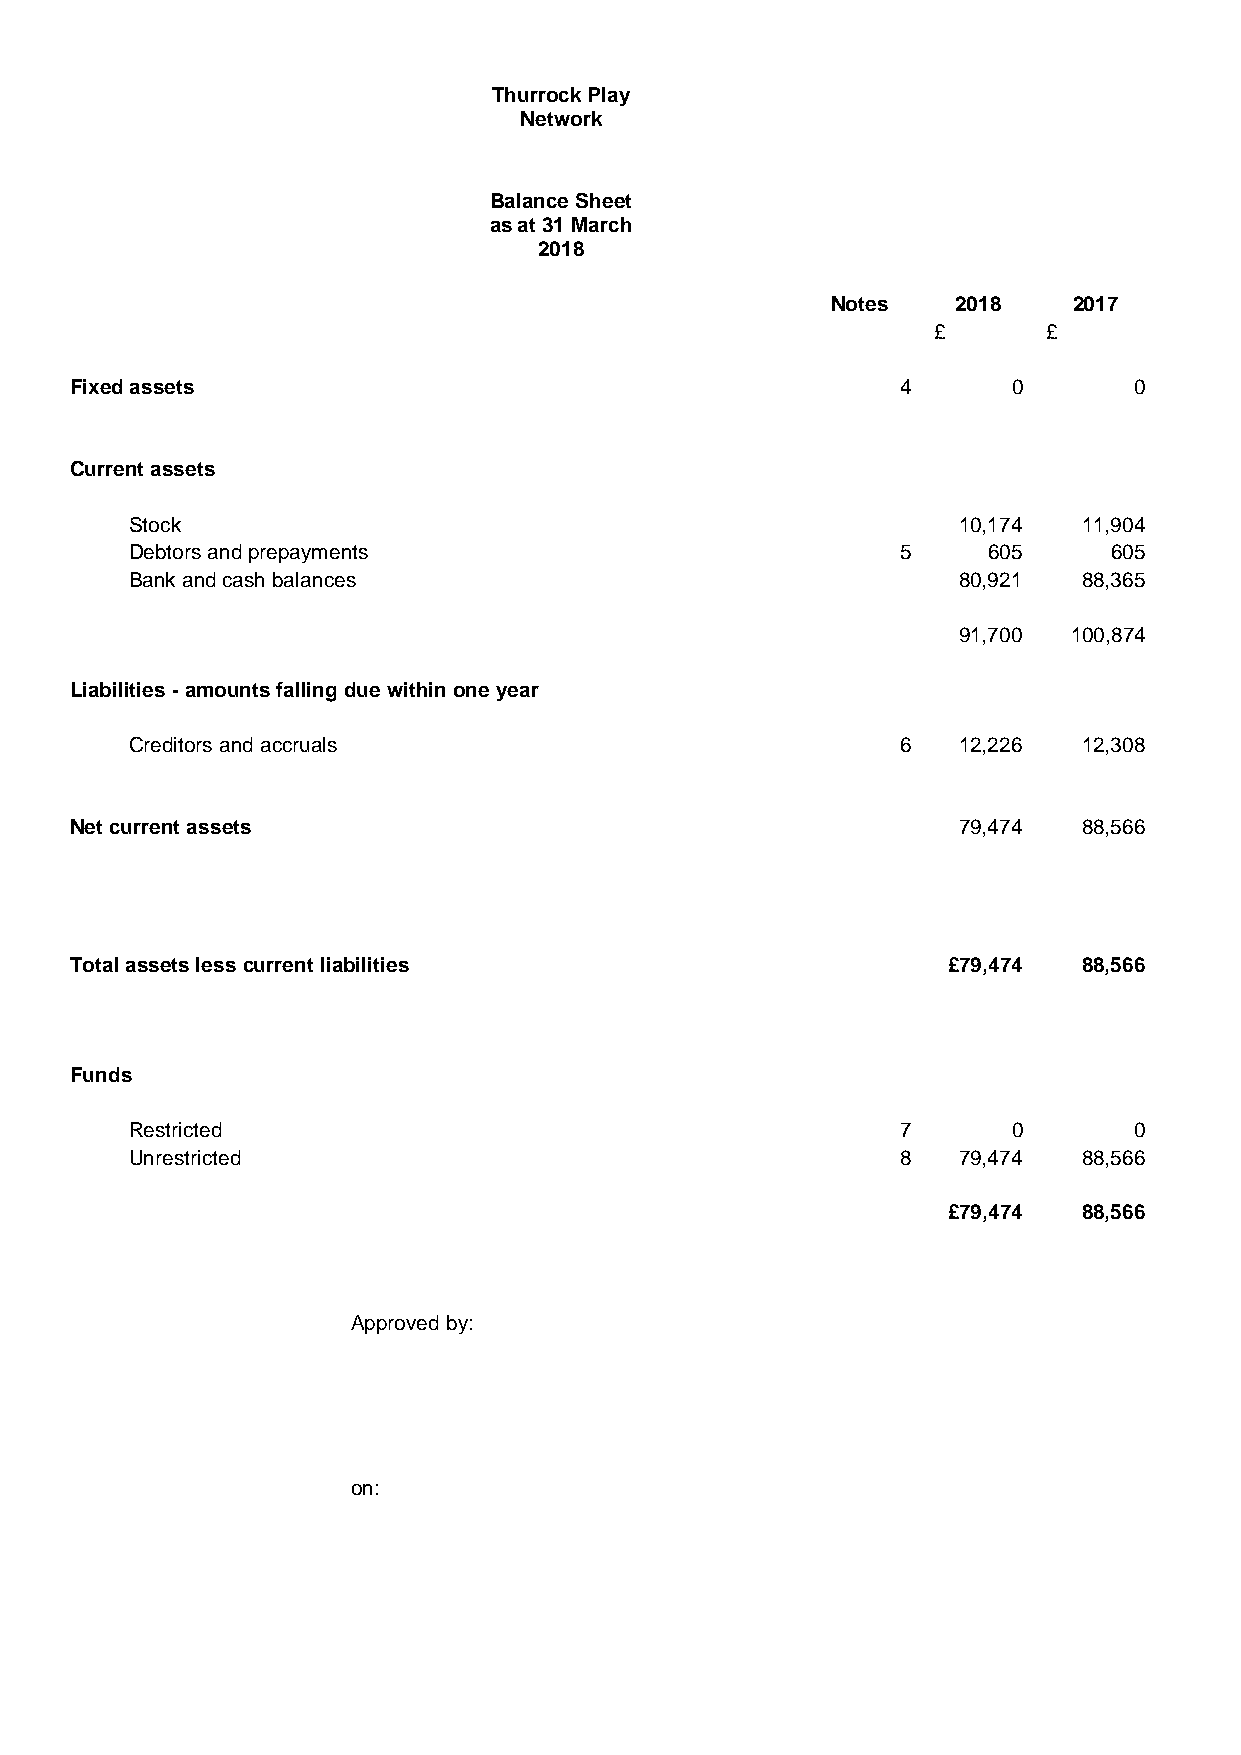
Thurrock Play
 Network
 Balance Sheet
 as at 31 March
 2018
 Notes   2018    2017
 £      £
 Fixed assets                                           4      0       0
 Current assets
 Stock                                                 10,174   11,904
 Debtors and prepayments                            5    605      605
 Bank and cash balances                                80,921   88,365
 91,700  100,874
 Liabilities - amounts falling due within one year
 Creditors and accruals                             6  12,226   12,308
 Net current assets                                        79,474   88,566
 Total assets less current liabilities                     £79,474  88,566
 Funds
 Restricted                                         7      0       0
 Unrestricted                                       8  79,474   88,566
 £79,474  88,566
 Approved by:
 on: